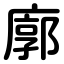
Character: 廓